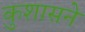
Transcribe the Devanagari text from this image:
कुशासने